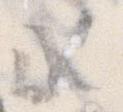
候